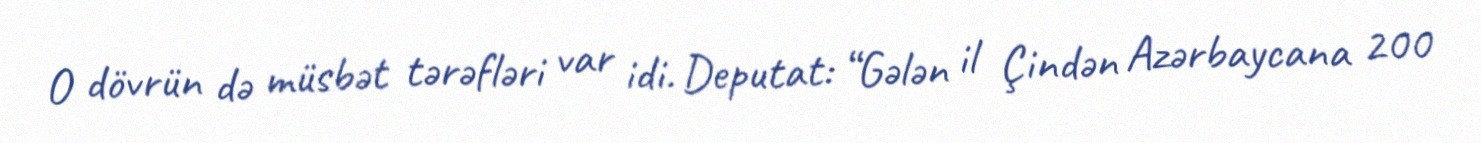
O dövrün də müsbət tərəfləri var idi. Deputat: “Gələn il Çindən Azərbaycana 200